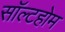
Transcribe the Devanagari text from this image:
सॉल्टहोम